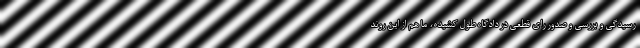
رسیدگی و بررسی و صدور رای قطعی در دادگاه طول کشیده، ما هم از این روند